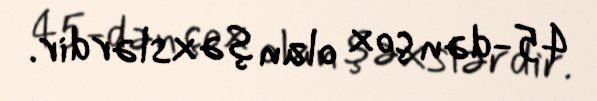
45-dən çox olan şəxslərdir.